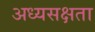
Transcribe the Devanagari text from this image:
अध्यसक्षता